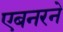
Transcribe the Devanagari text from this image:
एबनरने